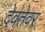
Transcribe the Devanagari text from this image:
देवतेवर